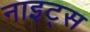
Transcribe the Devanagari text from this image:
नाइट्‌स